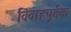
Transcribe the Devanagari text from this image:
विवाहपूर्वक